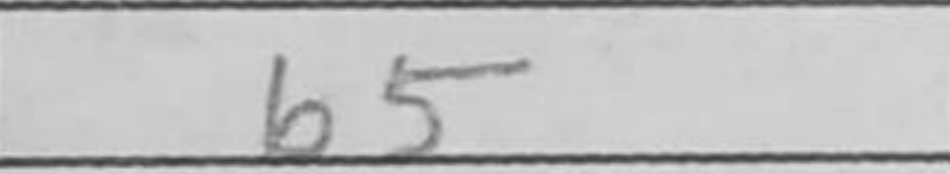
Transcription: b5